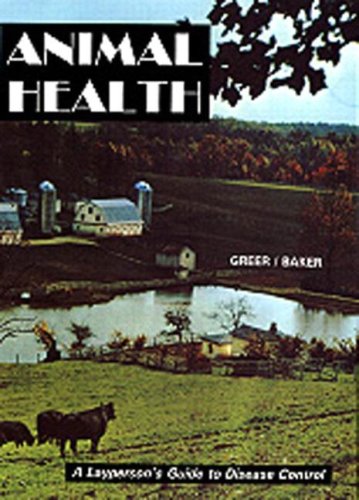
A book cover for Animal Health, Special Edition (2nd Edition); James K. Baker; Medical Books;